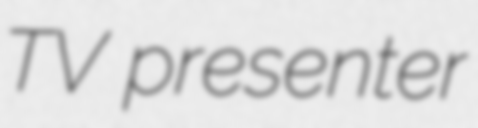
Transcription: TV presenter